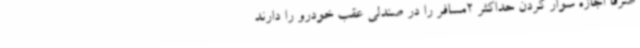
صرفا اجازه سوار کردن حداکثر 2مسافر را در صندلی عقب خودرو را دارند